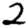
Digit: 2